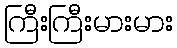
ကြီးကြီးမားမား